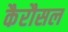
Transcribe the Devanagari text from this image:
कैरौसल